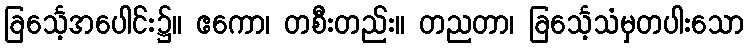
ခြင်္သေ့အပေါင်း၌။ ဧကော၊ တစီးတည်း။ တညတာ၊ ခြင်္သေ့သံမှတပါးသော